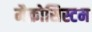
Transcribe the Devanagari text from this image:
मैक्रोसिस्टम